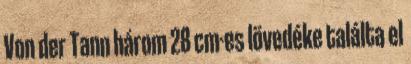
Von der Tann három 28 cm-es lövedéke találta el